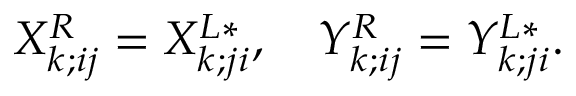
X _ { k ; i j } ^ { R } = X _ { k ; j i } ^ { L * } , \ \ \ Y _ { k ; i j } ^ { R } = Y _ { k ; j i } ^ { L * } .